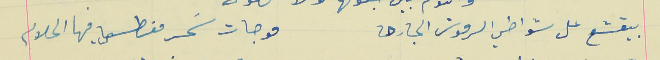
بيقشع على شواطي الرموش الجارحه                         موجات سَحر مغطسا فيها الحلام